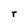
Character: r